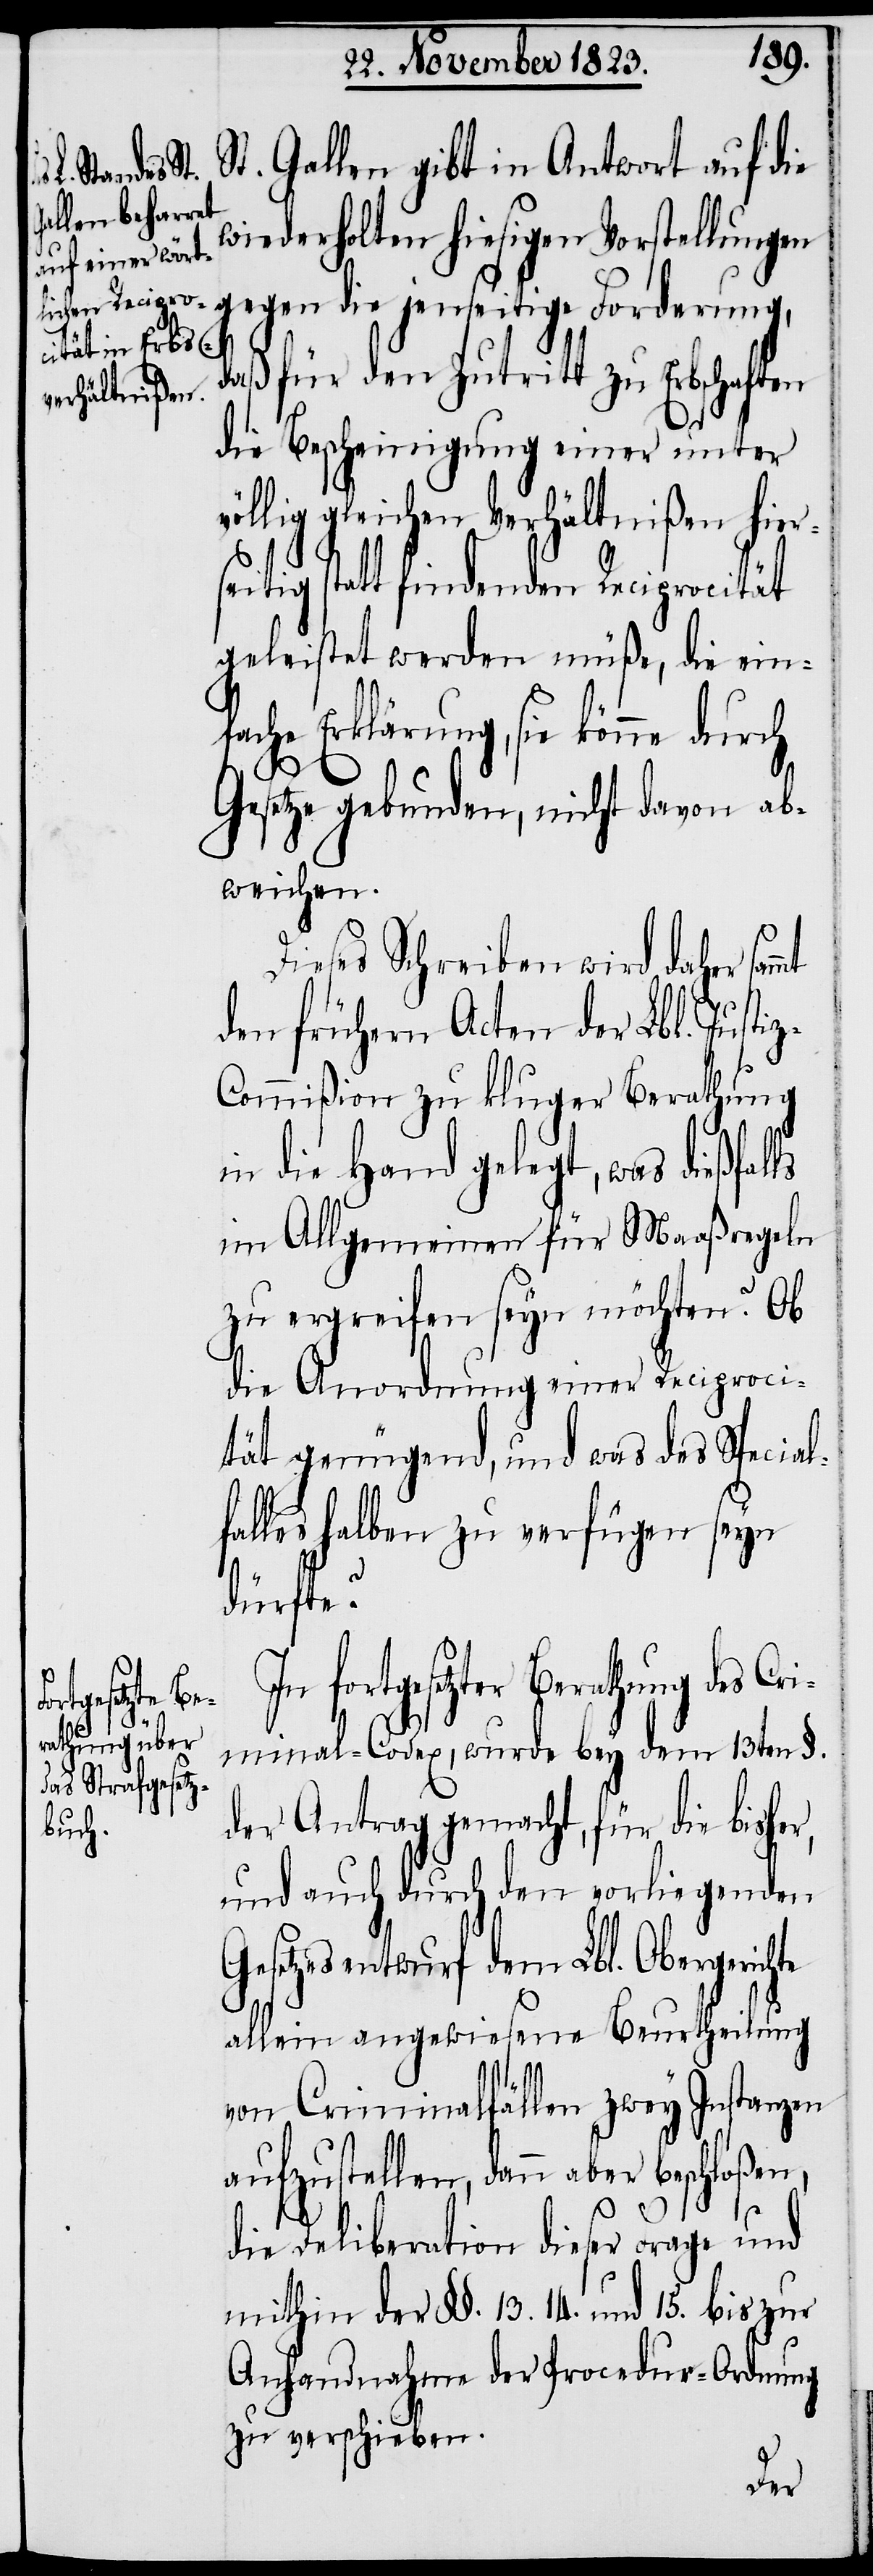
St. Gallen gibt in Antwort auf die
wiederholten hiesigen Vorstellungen
daß für den Zutritt zu Erbschaften
die Bescheinigung einer unter
völlig gleichen Verhältnißen hier¬
seitig statt findenden Reciprocität
geleistet werden müße, die einf¬
ache Erklärung, sie könne durch
Gesetze gebunden, nicht davon ab¬
weichen.
Dieses Schreiben wird daher
den frühern Acten der Lbl. Justi¬
z-Commißion zu kluger Berathung
in die Hand gelegt, was dießfal¬
im Allgemeinen für Maaßregeln
zu ergreifen seyn möchten? Ob
die Anordnung einer Reciproci¬
tät genügend, und was des Special¬
falles halben zu verfügen seyn
fort¬
gesetzter Berathung des Cr¬
iminal-Codex, wurde bey dem 13ten §.
der Antrag gemacht, für die bisher,
rung,
und auch durch den vorliegenden
Gesetzesentwurf dem Lbl. Obergerich¬
allein angewiesene Beurtheilung
von Criminalfällen zwey Instanzen
aufzustellen, dann aber beschloßen,
die Deliberation dieser Frage und
mithin der §§. 13. 14. und 15. bis zur
Anhandnahme der Procedur-Ordnung
zu verschieben.
te